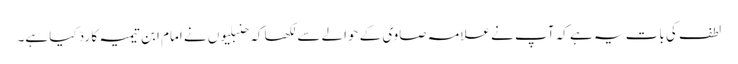
لطف کی بات یہ ہے کہ آپ نے علامہ صاوی کے حوالے سے لکھا کہ حنبلیوں نے امام ابن تیمیہ کا ردّ کیا ہے۔